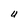
Character: U